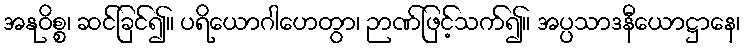
အနုဝိစ္စ၊ ဆင်ခြင်၍။ ပရိယောဂါဟေတွာ၊ ဉာဏ်ဖြင့်သက်၍။ အပ္ပသာဒနီယောဋ္ဌာနေ၊